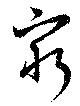
窮